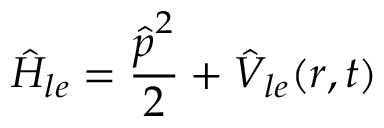
\hat { H } _ { l e } = \frac { \boldsymbol { \hat { p } } ^ { 2 } } { 2 } + \hat { V } _ { l e } ( \boldsymbol { r } , t )